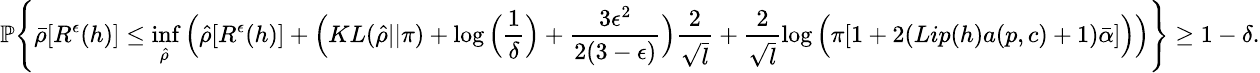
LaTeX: \small\mathbb{P}\Bigg\{ \bar{\rho}[R^{\epsilon}(h)]\leq\operatorname*{inf}_{\hat{\rho}}\Big(\hat{\rho}[R^{\epsilon}(h)]+\Big(KL(\hat{\rho}||\pi)+\log\Big(\frac{1}{\delta}\Big)+\frac{3\epsilon^{2}}{2(3-\epsilon)}\Big)\frac{2}{\sqrt{l}}+\frac{2}{\sqrt{l}}\log\Big(\pi[1+2(Lip(h)a(p,c)+1)\bar{\alpha}]\Big)\Big)\Bigg\} \geq 1-\delta.